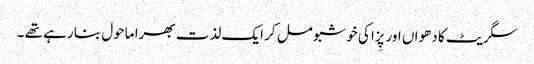
سگریٹ کا دھواں اور پِزا کی خوشبو مل کر ایک لذت بھرا ماحول بنا رہے تھے ۔